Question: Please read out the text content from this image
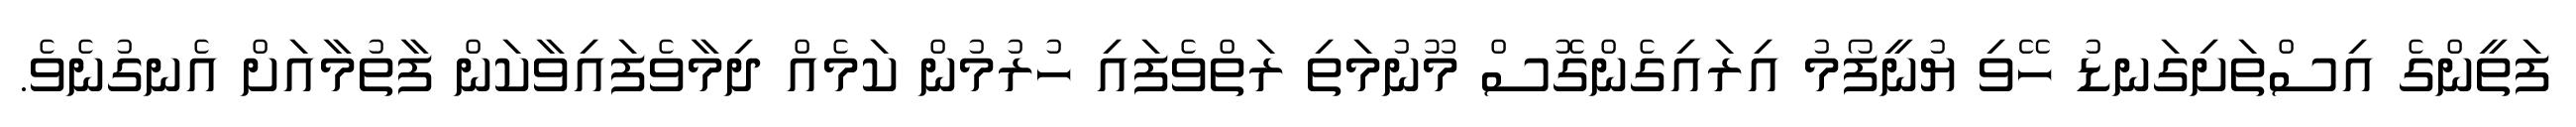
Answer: ފަތީންގެ އިސްތަށިގަނޑު ހޭވި ޔުނީފޯމު އިރައިގެންގޮސް މޫނުމަތި ރަތްވެފައި ހުރުމުން ކަމެއް ދިމާވެފައިވާކަން ފާތުމާއަށް އެނގުނެވެ.